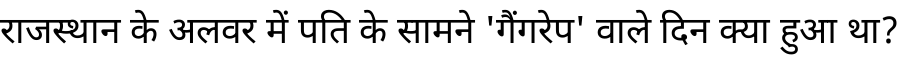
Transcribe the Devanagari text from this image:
राजस्थान के अलवर में पति के सामने 'गैंगरेप' वाले दिन क्या हुआ था?